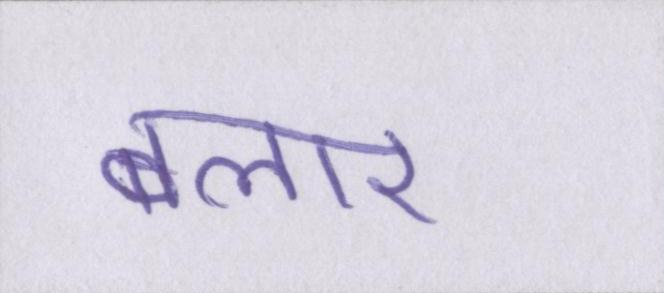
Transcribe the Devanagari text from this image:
बलार